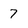
Character: 7